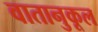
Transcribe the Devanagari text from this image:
वातानुकूल